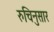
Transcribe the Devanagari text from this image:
रुचिनुसार